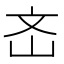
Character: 𡵡